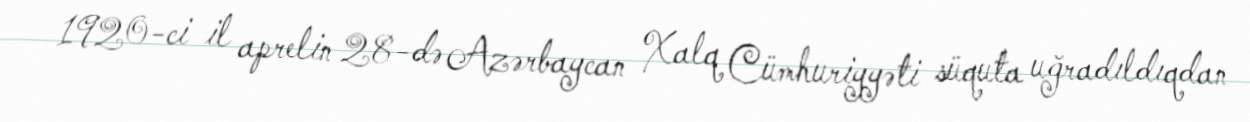
1920-ci il aprelin 28-də Azərbaycan Xalq Cümhuriyyəti süquta uğradıldıqdan